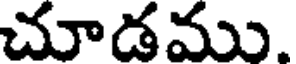
చూడము.